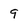
Character: 9